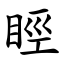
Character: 䀴